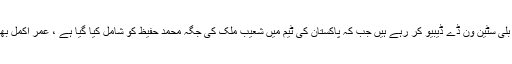
آسٹریلیا کی جانب سے 2 کھلاڑی کرس لین اور بلی سٹین ون ڈے ڈیبیو کر رہے ہیں جب کہ پاکستان کی ٹیم میں شعیب ملک کی جگہ محمد حفیظ کو شامل کیا گیا ہے ، عمر اکمل بھی تقریباً 2 برس بعد ون ڈے میچ کھیل رہے ہیں۔